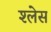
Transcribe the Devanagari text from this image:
श्लेस